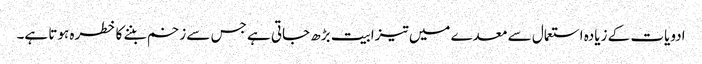
ادویات کے زیادہ استعمال سے معدے میں تیزابیت بڑھ جاتی ہے جس سے زخم بننے کا خطرہ ہوتا ہے۔